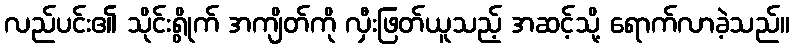
လည်ပင်း၏ သိုင်းရွိုက် အကျိတ်ကို လှီးဖြတ်ယူသည့် အဆင့်သို့ ရောက်လာခဲ့သည်။